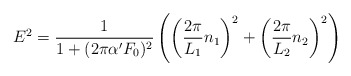
\begin{align*}E^2 = \frac{1}{1+(2 \pi \alpha'F_{0})^2}\left(\left(\frac{2\pi}{L_1}n_1\right)^2 + \left(\frac{2\pi}{L_2}n_2\right)^2\right)\end{align*}